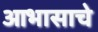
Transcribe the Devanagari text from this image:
आभासाचे